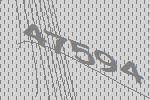
47594